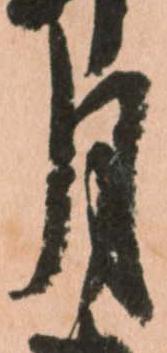
月